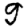
Digit: 9